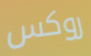
روكس